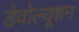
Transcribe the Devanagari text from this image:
डेवोल्यूशन